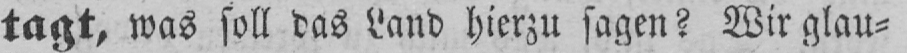
tagt, was soll das Land hierzu sagen? Wir glau⸗